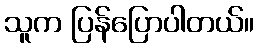
သူက ပြန်ပြောပါတယ်။